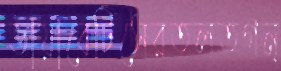
ডায়াবেটিসেরতলতগন্